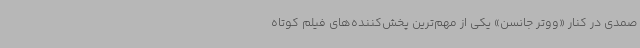
صمدی در کنار «ووتر جانسن» یکی از مهم‌ترین پخش‌کننده‌های فیلم کوتاه